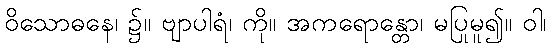
ဝိသောဓနေ၊ ၌။ ဗျာပါရံ၊ ကို။ အကရောန္တော၊ မပြုမူ၍။ ဝါ၊